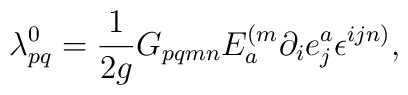
\lambda _{pq}^{0}=\frac{1}{2g}G_{pqmn}E_{a}^{(m}\partial_{i}e_{j}^{a}\epsilon ^{ijn)},